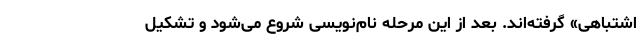
اشتباهی» گرفته‌اند. بعد از این مرحله نام‌نویسی شروع می‌شود و تشکیل